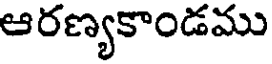
ఆరణ్యకాండము